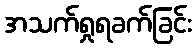
အသက်ရှုရခက်ခြင်း